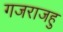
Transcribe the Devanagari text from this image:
गजराजहु